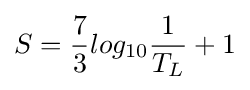
S={\dfrac {7}{3}}log_{10}{\dfrac {1}{T_{L}}}+1